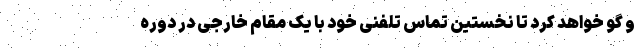
و گو خواهد کرد تا نخستین تماس تلفنی خود با یک مقام خارجی در دوره